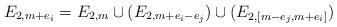
LaTeX: \begin{align*}E_{2,m+e_i} = E_{2,m} \cup (E_{2, m+e_i -e_j}) \cup (E_{2, [m-e_j, m+e_i] })\end{align*}